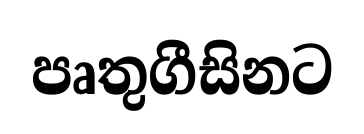
පෘතුගීසිනට